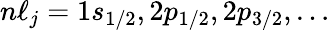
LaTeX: n\ell_{j}=1s_{1/2},2p_{1/2},2p_{3/2},\ldots